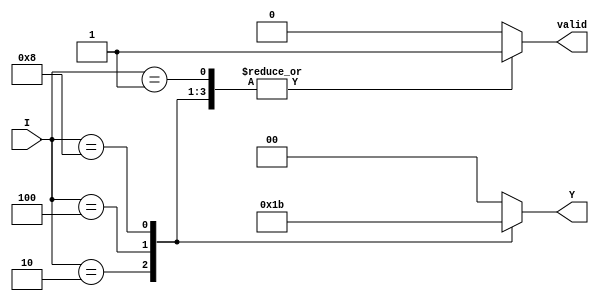
module binary_encoder (
    input wire [3:0] I,      // 4 input lines
    output reg [1:0] Y,      // 2 output lines
    output reg valid          // Valid signal to indicate if the output is valid
);

always @(*) begin
    // Default values
    Y = 2'b00;               // Default output
    valid = 1'b0;           // Default valid signal

    case (I)
        4'b0001: begin Y = 2'b00; valid = 1'b1; end // I0
        4'b0010: begin Y = 2'b01; valid = 1'b1; end // I1
        4'b0100: begin Y = 2'b10; valid = 1'b1; end // I2
        4'b1000: begin Y = 2'b11; valid = 1'b1; end // I3
        default: begin Y = 2'b00; valid = 1'b0; end // No valid input
    endcase
end

endmodule